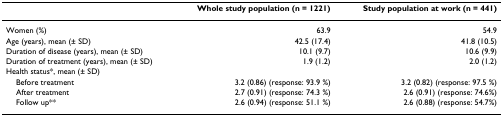
<table><thead><tr><td></td><td><b>Whole study population (n = 1221)</b></td><td><b>Study population at work (n = 441)</b></td></tr></thead><tbody><tr><td>Women (%)</td><td>63.9</td><td>54.9</td></tr><tr><td>Age (years), mean (± SD)</td><td>42.5 (17.4)</td><td>41.8 (10.5)</td></tr><tr><td>Duration of disease (years), mean (± SD)</td><td>10.1 (9.7)</td><td>10.6 (9.9)</td></tr><tr><td>Duration of treatment (years), mean (± SD)</td><td>1.9 (1.2)</td><td>2.0 (1.2)</td></tr><tr><td>Health status*, mean (± SD)</td><td></td><td></td></tr><tr><td> Before treatment</td><td>3.2 (0.86) (response: 93.9 %)</td><td>3.2 (0.82) (response: 97.5 %)</td></tr><tr><td> After treatment</td><td>2.7 (0.91) (response: 74.3 %)</td><td>2.6 (0.91) (response: 74.6%)</td></tr><tr><td> Follow up**</td><td>2.6 (0.94) (response: 51.1 %)</td><td>2.6 (0.88) (response: 54.7%)</td></tr></tbody></table>